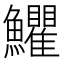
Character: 𩽩